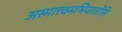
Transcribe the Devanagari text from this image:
अस्मात्त्वमभिजातोसि